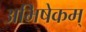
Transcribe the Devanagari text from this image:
अभिषेकम्